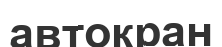
автокран